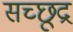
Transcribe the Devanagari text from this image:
सच्छूद्र